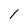
Character: 1